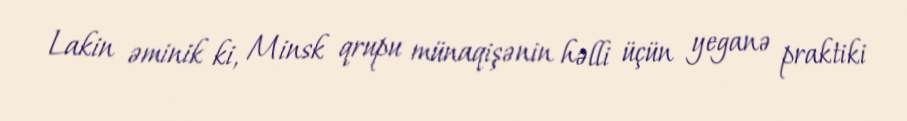
Lakin əminik ki, Minsk qrupu münaqişənin həlli üçün yeganə praktiki